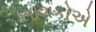
સાશકોએ